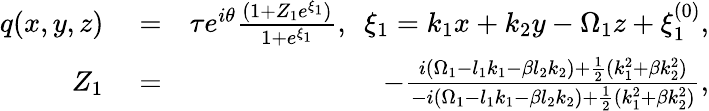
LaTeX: \begin{array}{rlr}{q(x,y,z)}&{{}=}&{\tau e^{i\theta}\frac{(1+Z_{1}e^{\xi_{1}})}{1+e^{\xi_{1}}},~~\xi_{1}=k_{1}x+k_{2}y-\Omega_{1}z+\xi_{1}^{(0)},}\\ {Z_{1}}&{{}=}&{-\frac{i(\Omega_{1}-l_{1}k_{1}-\beta l_{2}k_{2})+\frac{1}{2}(k_{1}^{2}+\beta k_{2}^{2})}{-i(\Omega_{1}-l_{1}k_{1}-\beta l_{2}k_{2})+\frac{1}{2}(k_{1}^{2}+\beta k_{2}^{2})},}\end{array}